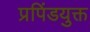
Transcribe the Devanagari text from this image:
प्रपिंडयुक्त